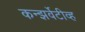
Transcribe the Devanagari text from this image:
कन्झर्वेटीव्ह